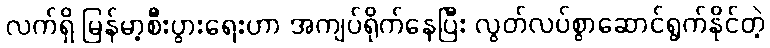
လက်ရှိ မြန်မာ့စီးပွားရေးဟာ အကျပ်ရိုက်နေပြီး လွတ်လပ်စွာဆောင်ရွက်နိုင်တဲ့